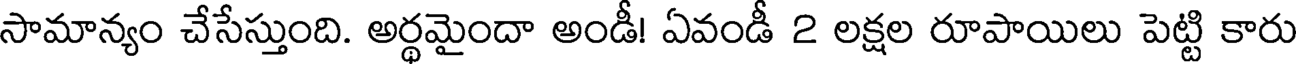
సామాన్యం చేసేస్తుంది. అర్థమైందా అండీ! ఏవండీ 2 లక్షల రూపాయిలు పెట్టి కారు